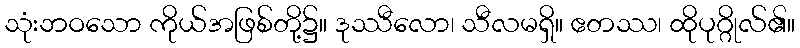
သုံးဘဝသော ကိုယ်အဖြစ်တို့၌။ ဒုဿီလော၊ သီလမရှိ။ ဧတဿ၊ ထိုပုဂ္ဂိုလ်၏။